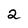
Character: 2